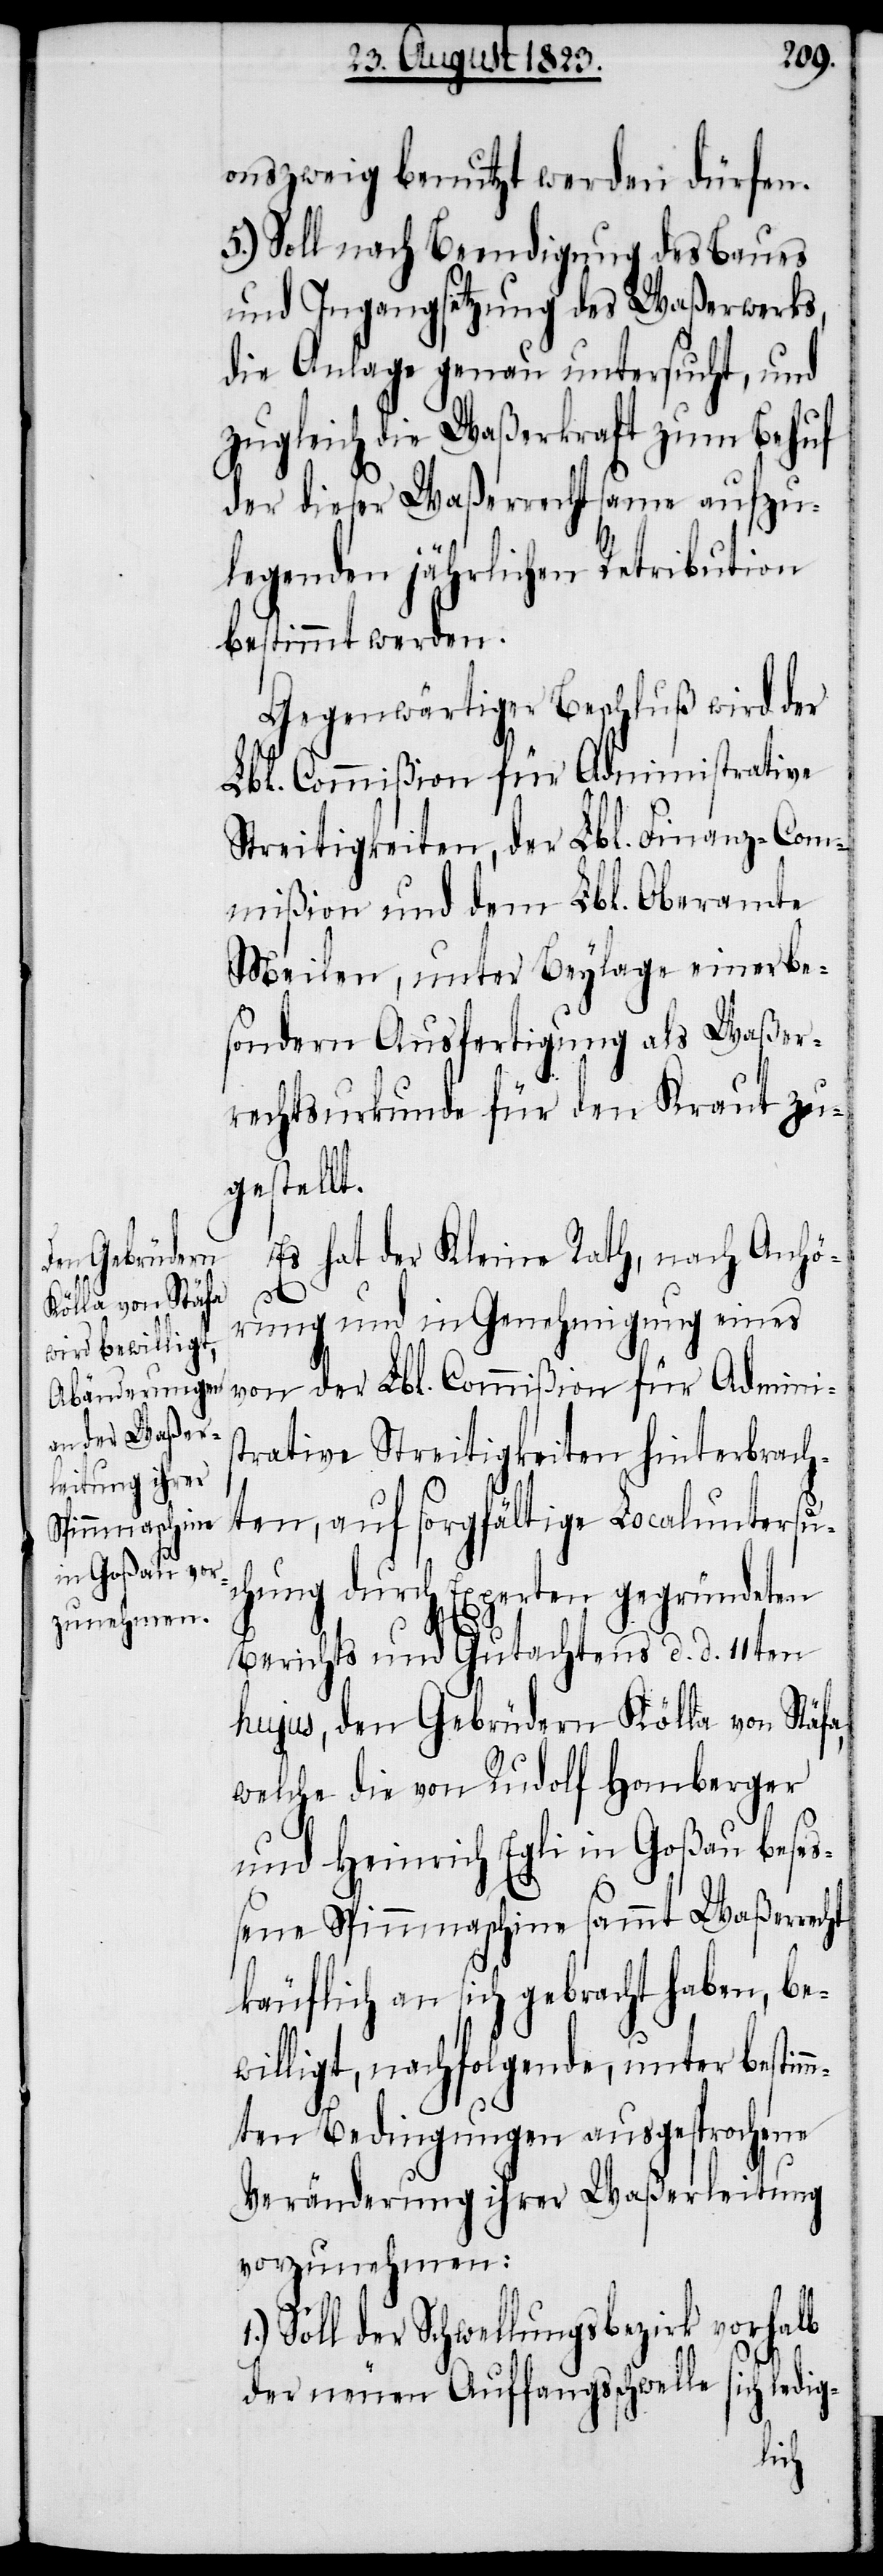
onszweig benutzt werden dürfen.
5.) Soll nach Beendigung des Baues
und Ingangsetzung des Waßerwerks,
die Anlage genau untersucht, und
zugleich die Waßerkraft zum Behuf
der dieser Waßerrechtsame aufzu¬
legenden jährlichen Retribution
bestimmt werden.
Gegenwärtiger Beschluß wird der
Lbl. Commißion für Administrative
Streitigkeiten, der Lbl. Finanz-Com¬
mißion und dem Lbl. Oberamte
Meilen, unter Beylage einer be¬
sondern Ausfertigung als Waßer¬
rechtsurkunde für den Kraut zu¬
gestellt.
Es hat der Kleine Rath, nach Anhö¬
rung und in Genehmigung eines
von der Lbl. Commißion für Adminis¬
trative Streitigkeiten hinterbrach¬
ten, auf sorgfältige Localuntersu¬
chung durch Experten gegründeten
Berichts und Gutachtens d. d. 11ten
hujus, den Gebrüdern Kölla von Stäfa,
welche die von Rudolf Homberger
und Heinrich Egli in Goßau bese¬
ßene Spinnmaschine sammt Waßerrecht
käuflich an sich gebracht haben, be¬
willigt, nachfolgende, unter bestim¬
mten Bedingungen ausgesprochene
Veränderung ihrer Waßerleitung
vorzunehmen:
Soll der Schwellungsbezirk vorhalb
ch ledig-
der neuen Auffangsschwelle
si¬